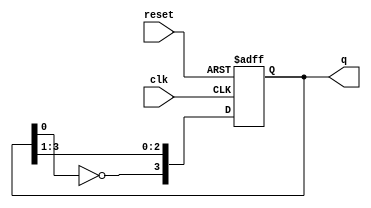
module modified_johnson_counter (
    input wire clk,          // Clock input
    input wire reset,        // Asynchronous reset
    output reg [3:0] q       // 4-bit output
);

// Always block triggered on the rising edge of the clock or when reset is asserted
always @(posedge clk or posedge reset) begin
    if (reset) begin
        // Asynchronous reset: set output to 0000
        q <= 4'b0000;
    end else begin
        // Modified Johnson Counter logic
        q[3] <= ~q[0]; // Feedback from the last flip-flop (inverted)
        q[2] <= q[3];  // Shift the state
        q[1] <= q[2];  // Shift the state
        q[0] <= q[1];  // Shift the state
    end
end

endmodule